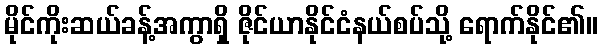
မိုင်ကိုးဆယ်ခန့်အကွာရှိ ဇိုင်ယာနိုင်ငံနယ်စပ်သို့ ရောက်နိုင်၏။